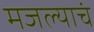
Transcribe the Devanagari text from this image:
मजल्याचं